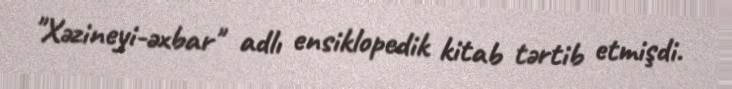
"Xəzineyi-əxbar" adlı ensiklopedik kitab tərtib etmişdi.